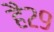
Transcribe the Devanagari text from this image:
है२९